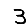
Digit: 3